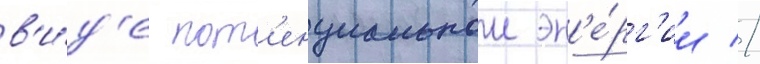
в'и́д'е пот'енциальнои эн'е́рг'ии //